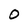
Character: 0